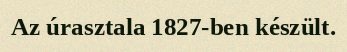
Az úrasztala 1827-ben készült.